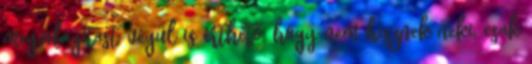
megvilágítást, végül is érthető, hogy nem hisznek neki, csak